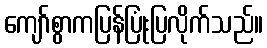
ကျော်စွာကပြန်ပြုံးပြလိုက်သည်။